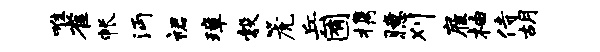
唯雀帐沔裙璋彀篪兵囿携臆刈雇柚侍胡